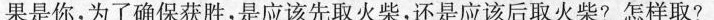
果是你，为了确保获胜，是应该先取火柴，还是应该后取火柴?怎样取?